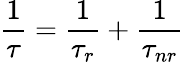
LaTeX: {\frac{1}{\tau}}={\frac{1}{\tau_{r}}}+{\frac{1}{\tau_{nr}}}